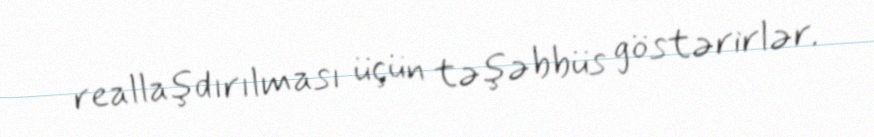
reallaşdırılması üçün təşəbbüs göstərirlər.